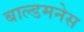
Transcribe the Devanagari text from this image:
बाल्डमनेस